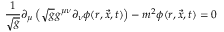
\frac { 1 } { \sqrt { g } } \partial _ { \mu } \left( \sqrt { g } g ^ { \mu \nu } \partial _ { \nu } \phi ( r , \vec { x } , t ) \right) - m ^ { 2 } \phi ( r , \vec { x } , t ) = 0